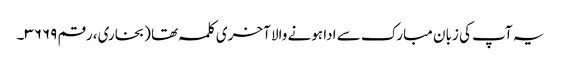
یہ آپ کی زبان مبارک سے ادا ہونے والا آخری کلمہ تھا (بخاری، رقم ۳۶۶۹۔